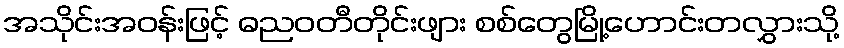
အသိုင်းအဝန်းဖြင့် ဓညဝတီတိုင်းဖျား စစ်တွေမြို့ဟောင်းတလွှားသို့